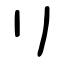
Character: リ